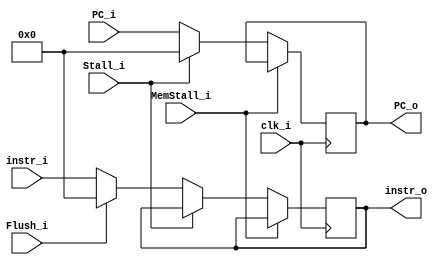
module IFID(
	clk_i,
    Stall_i,
    Flush_i,
    PC_i,
    instr_i,
    MemStall_i,
    PC_o,
    instr_o
);

input 			clk_i;
input			Stall_i;
input			Flush_i;
input	[31:0]	PC_i;
input	[31:0]	instr_i;
input 			MemStall_i;

output	[31:0]	PC_o;
output	[31:0]	instr_o;

reg		[31:0]	PC_o = 32'b0;
reg 	[31:0]	instr_o = 32'b0;

always @(posedge clk_i) begin
	if (~MemStall_i) begin
		if (Stall_i) begin
			PC_o <= 32'b0;
			instr_o <= instr_o;
		end
		else begin
			PC_o <= PC_i;
			if (Flush_i) begin
				instr_o <= 32'b0;
			end
			else begin
				instr_o <= instr_i;
			end
		end
	end
end

endmodule